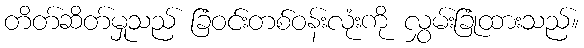
တိတ်ဆိတ်မှုသည် ခြံဝင်းတစ်ဝန်းလုံးကို လွှမ်းခြုံထားသည်။